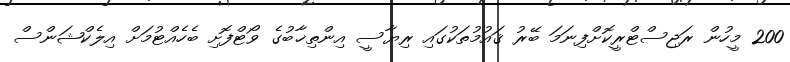
200 މީހުން ރަޖިސްޓްރީކޮށްފިނަމަ ބޭރު ޤައުމުތަކުގައި ރިޔާސީ އިންތިޚާބުގެ ވޯޓްފޮށި ބެހެއްޓުމަށް އިލެކްޝަންސް